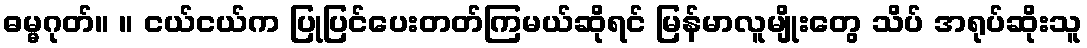
ဓမ္မဂုတ်။ ။ ငယ်ငယ်က ပြုပြင်ပေးတတ်ကြမယ်ဆိုရင် မြန်မာလူမျိုးတွေ သိပ် အရုပ်ဆိုးသူ